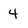
Character: 4